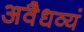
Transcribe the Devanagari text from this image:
अवैधव्यं